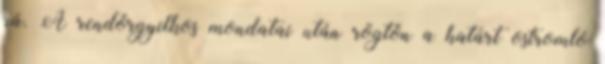
rá. A rendőrgyilkos mondatai után rögtön a határt ostromló